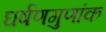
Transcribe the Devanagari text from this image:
घर्षणगुणांक